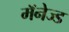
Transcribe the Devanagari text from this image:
मॅनेज्ड